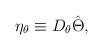
LaTeX: \begin{align*} \eta_{\theta}\equiv D_{\theta}\hat{\Theta},\end{align*}